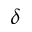
\delta